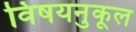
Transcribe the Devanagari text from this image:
विषयनुकूल